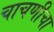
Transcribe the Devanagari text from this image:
चाचणीचा